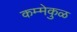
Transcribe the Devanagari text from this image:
कम्मेकुळ